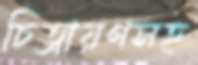
চিত্রায়ণসহ